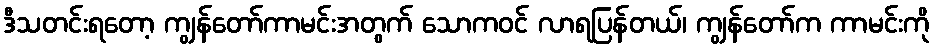
ဒီသတင်းရတော့ ကျွန်တော်ကာမင်းအတွက် သောကဝင် လာရပြန်တယ်၊ ကျွန်တော်က ကာမင်းကို